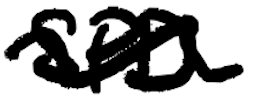
Text: SPD
Cross-out: wave
Writing tool: digital_black